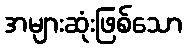
အများဆုံးဖြစ်သော